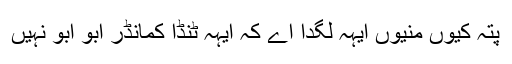
پتہ کیوں منیوں ایہہ لگدا اے کہ ایہہ ٹنڈا کمانڈر ابو ابو نہیں